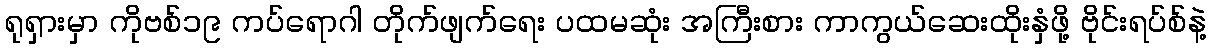
ရုရှားမှာ ကိုဗစ်၁၉ ကပ်ရောဂါ တိုက်ဖျက်ရေး ပထမဆုံး အကြီးစား ကာကွယ်ဆေးထိုးနှံဖို့ ဗိုင်းရပ်စ်နဲ့